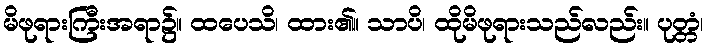
မိဖုရားကြီးအရာ၌။ ထပေသိ၊ ထား၏။ သာပိ၊ ထိုမိဖုရားသည်လည်း။ ပုတ္တံ၊